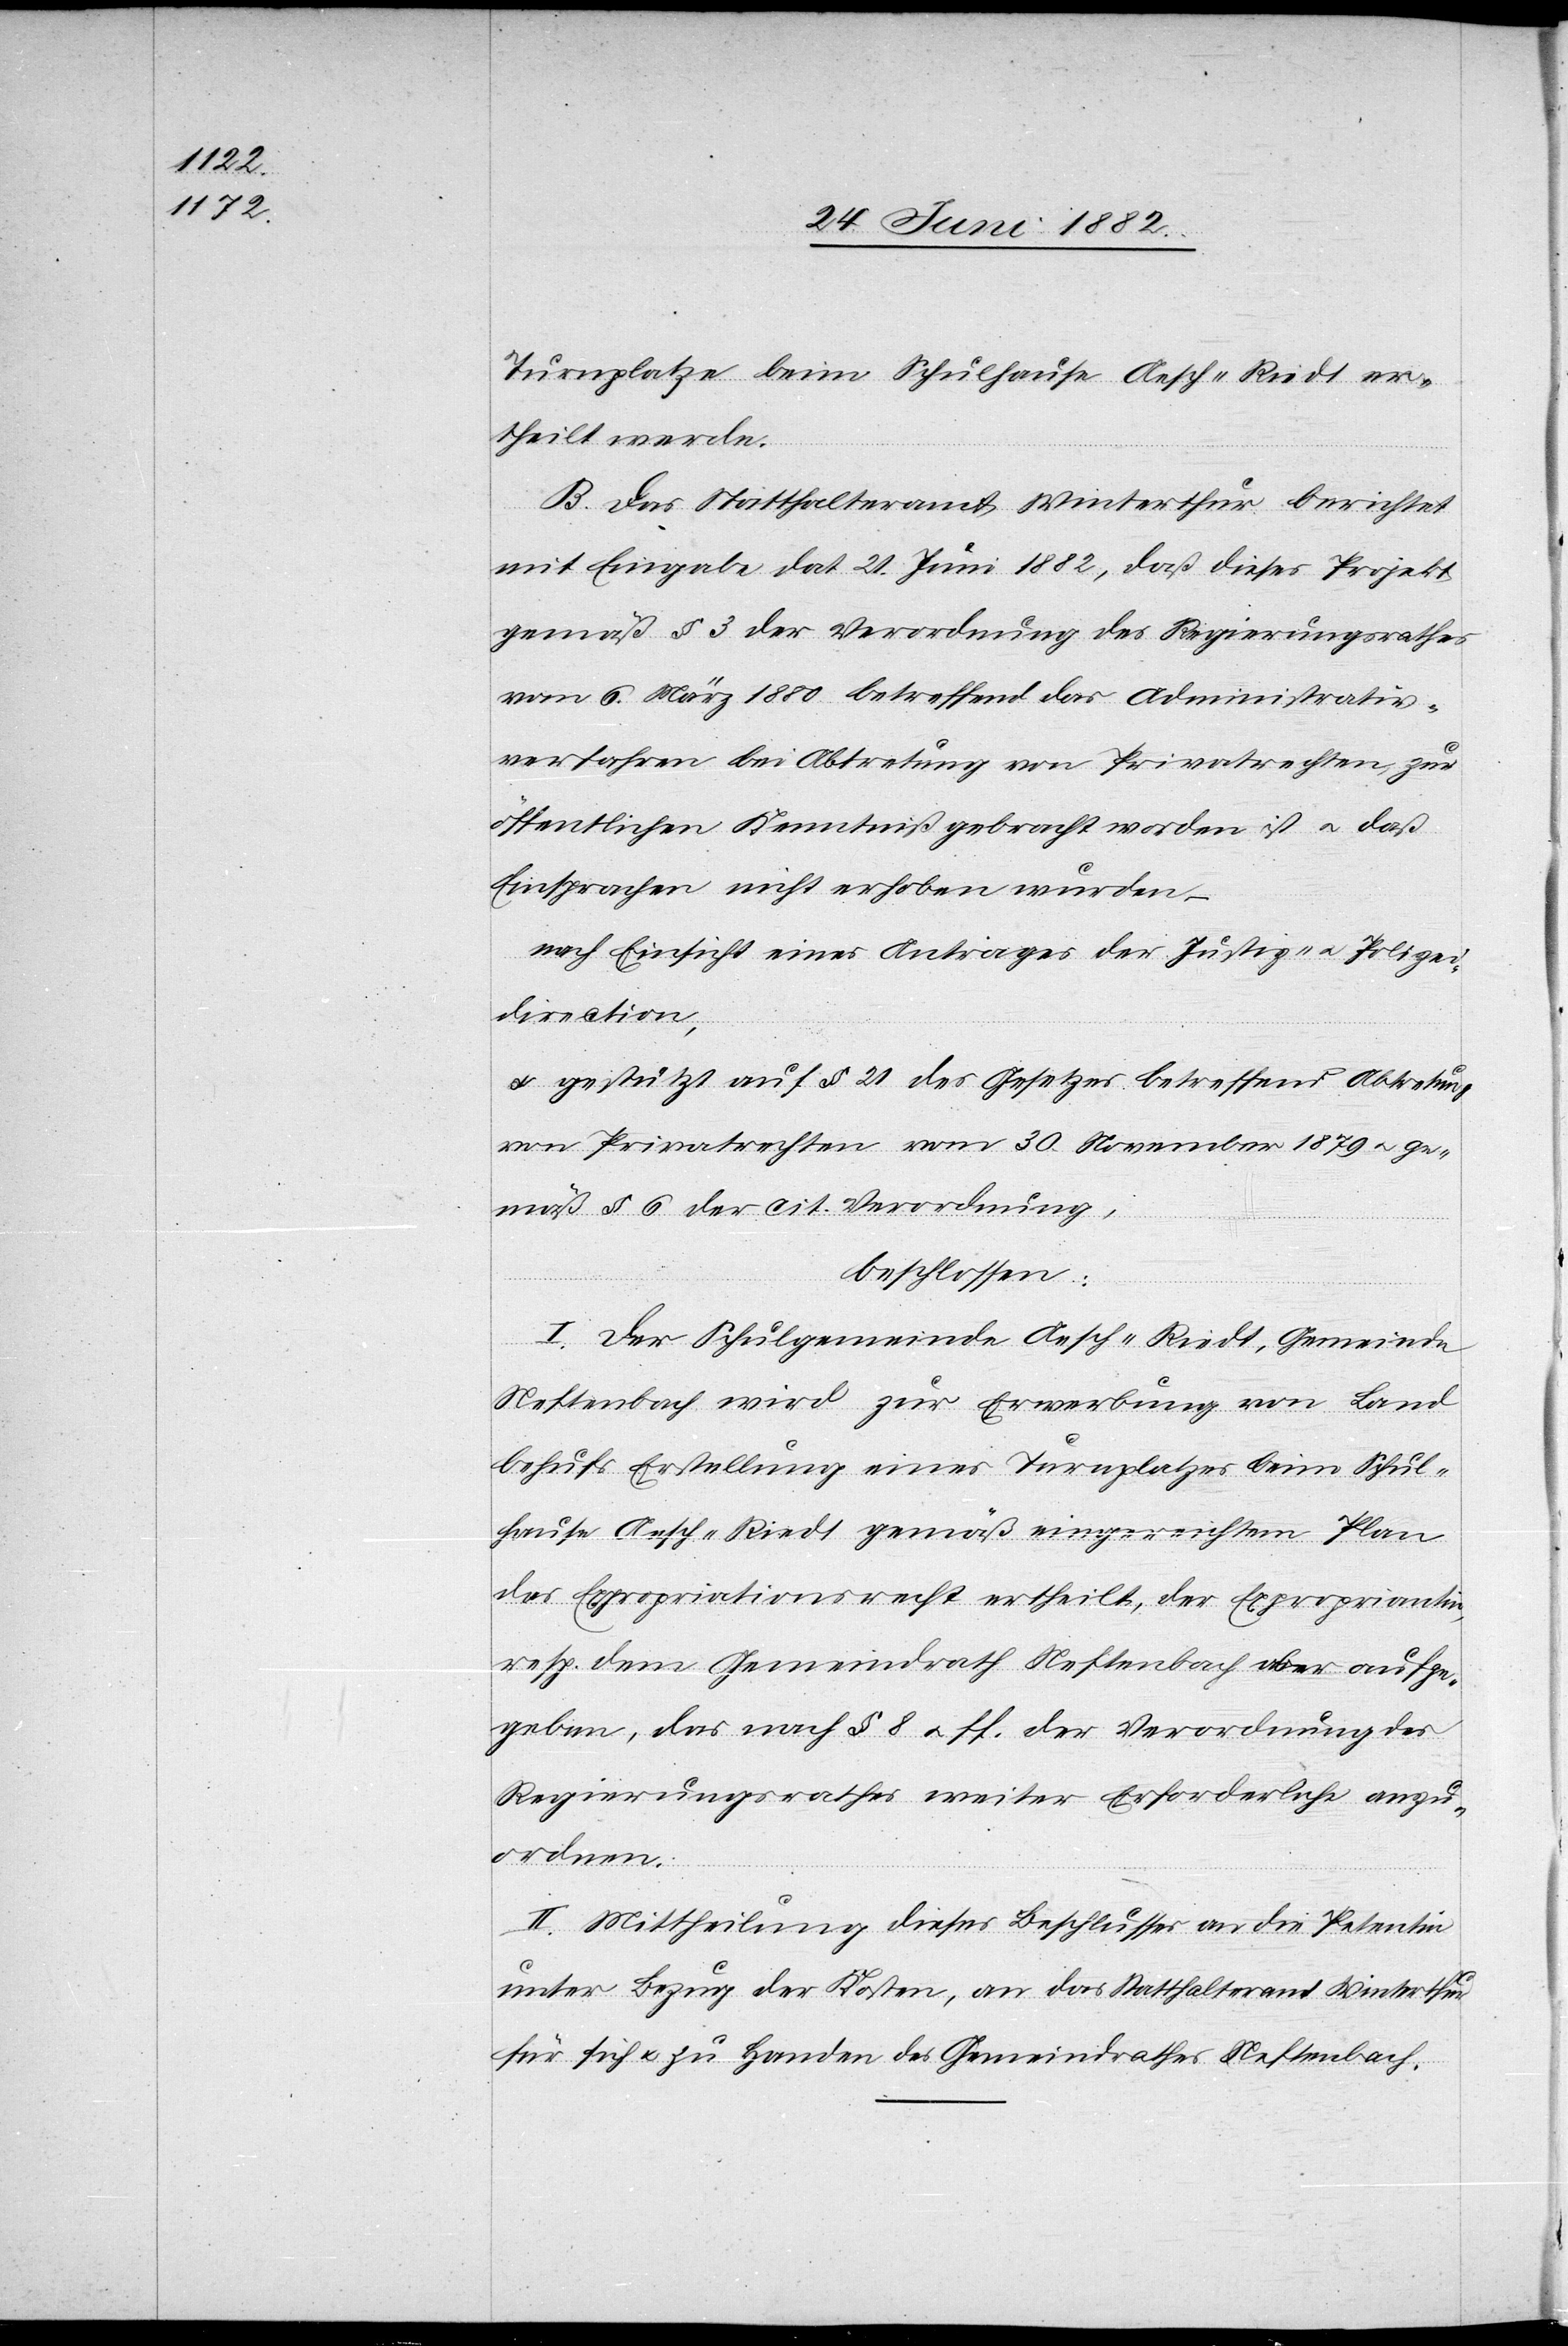
Turnplatze beim Schulhause Aesch-Riedt er¬
theilt werde.
B. Das Statthalteramt Winterthur berichtet
mit Eingabe dat. 21. Juni 1882, daß dieses Projekt
gemäß § 3 der Verordnung des Regierungsrathes
vom 6. März 1880 betreffend das Administrativ¬
verfahren bei Abtretung von Privatrechten zur
öffentlichen Kenntniß gebracht worden ist u. daß
Einsprachen nicht erhoben wurden –
nach Einsicht eines Antrages der Justiz- u. Polizei¬
direction,
u. gestützt auf § 21 des Gesetzes betreffend Abtretung
von Privatrechten vom 30. November 1879 u. ge¬
mäß § 6 der cit. Verordnung,
beschlossen:
I. Der Schulgemeinde Aesch-Riedt, Gemeinde
Neftenbach wird zur Erwerbung von Land
behufs Erstellung eines Turnplatzes beim Schul¬
hause Aesch-Riedt gemäß eingereichtem Plan
das Expropriationsrecht ertheilt, der Expropriantin,
resp. dem Gemeindrath Neftenbach aber aufge¬
geben, das nach § 8 u. ff. der Verordnung des
Regierungsrathes weiter Erforderliche anzu¬
ordnen.
II. Mittheilung dieses Beschlusses an die Petentin
unter Bezug der Kosten, an das Statthalteramt Winterthur
für sich u. zu Handen des Gemeindrathes Neftenbach.